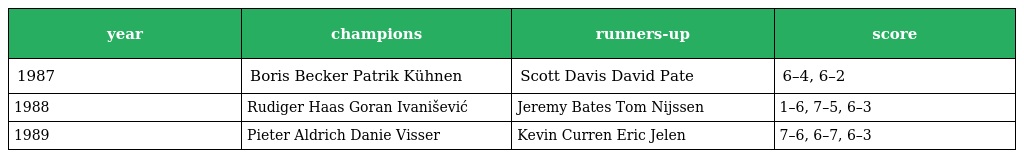
| year | champions | runners-up | score |
 | --- | --- | --- | --- |
 | 1987 | Boris Becker Patrik Kühnen | Scott Davis David Pate | 6–4, 6–2 |
 | 1988 | Rudiger Haas Goran Ivanišević | Jeremy Bates Tom Nijssen | 1–6, 7–5, 6–3 |
 | 1989 | Pieter Aldrich Danie Visser | Kevin Curren Eric Jelen | 7–6, 6–7, 6–3 |